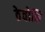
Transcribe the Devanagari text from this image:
ठेवोनि